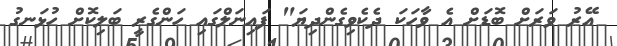
އޭރު ވަރަށް ބޮޑަށް އެ ވާހަކަ ދެކެވިގެންދިޔަ" ފައިނަލްގައި ހަންގެރީ ބަލިކޮށް ހުޅަނގު